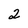
Character: 2